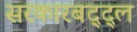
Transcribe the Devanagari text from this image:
सरकारबद्द्ल